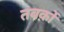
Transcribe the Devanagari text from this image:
तबक़ों